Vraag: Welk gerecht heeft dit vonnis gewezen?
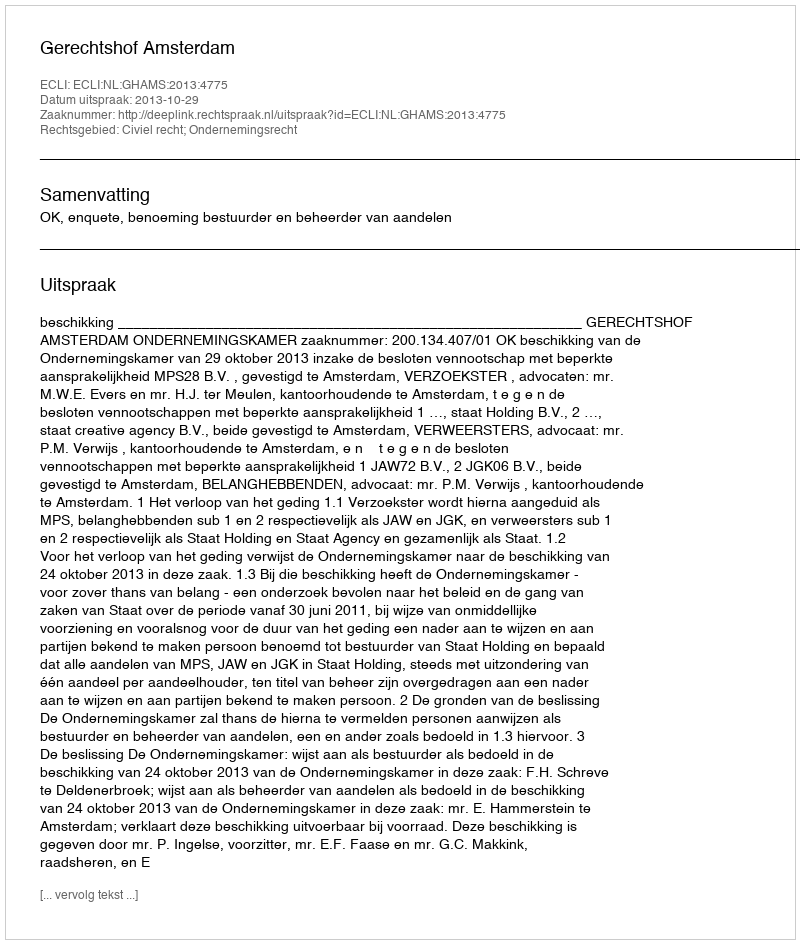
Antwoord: Gerechtshof Amsterdam